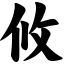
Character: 攸